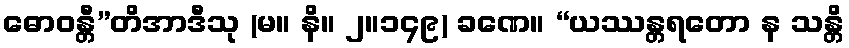
ဓောဝန္တီ”တိအာဒီသု (မ။ နိ။ ၂။၁၄၉) ခဏေ။ “ယဿန္တရတော န သန္တိ